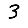
Digit: 3